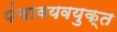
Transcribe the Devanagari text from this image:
पंचावयवयुक्त